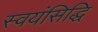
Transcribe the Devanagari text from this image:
स्वयंसिद्धि